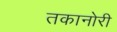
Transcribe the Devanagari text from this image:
तकानोरी